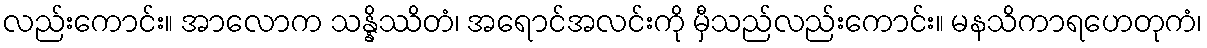
လည်းကောင်း။ အာလောက သန္နိဿိတံ၊ အရောင်အလင်းကို မှီသည်လည်းကောင်း။ မနသိကာရဟေတုကံ၊